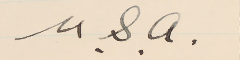
.U. S. A